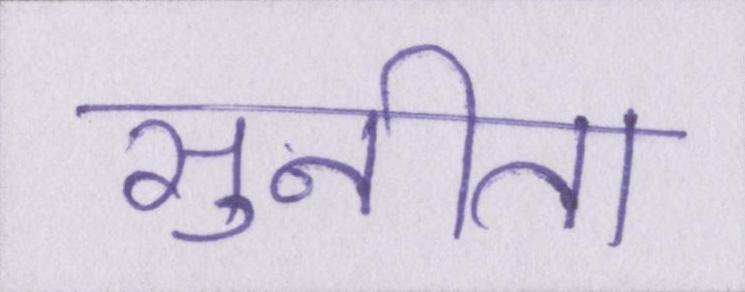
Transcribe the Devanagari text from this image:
सुनीता